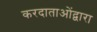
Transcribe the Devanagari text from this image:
करदाताओंद्वारा